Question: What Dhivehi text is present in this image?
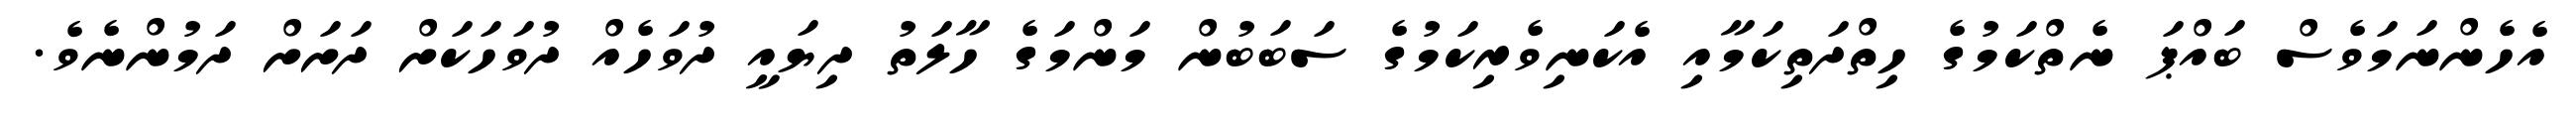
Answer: އެހެންނަމަވެސް ބައްޕަ ނެތްކަމުގެ ހިތްދަތިކަމާއި އެކަނިވެރިކަމުގެ ސަބަބުން މަންމަގެ ހާލަތު ދިޔައީ ދުވަހެއް ދުވަހަކަށް ދަށަށް ދަމުންނެވެ.